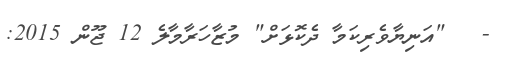
-   "އަނިޔާވެރިކަމާ ދެކޮޅަށް" މުޒާހަރާމާލެ 12 ޖޫން 2015: